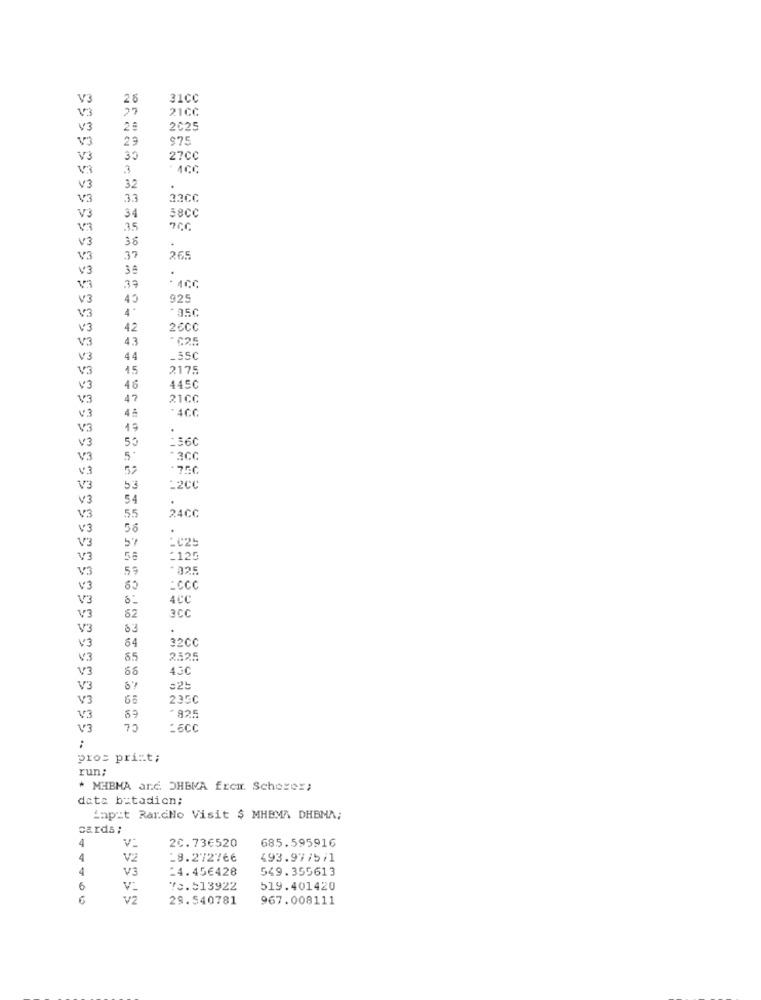
V3
28
31CC
V3
27
21CC
V3
2025
V3
23
$75
V3
35
27CC
3
V3
32
.
V3
33
33cc
34
V3
58CC
V3
35
V3
36
V3
37
265
V3
3ª
V3
.39
· 4CC
V3
45
925
V3
V3
42
26CC
V3
43
*C25
V3
44
-350
V3
15
2175
V3
46
4450
V3
47
21CC
V3
V3
19
.
53
V3
V3
V3
52
53
V3
54
55
24CC
V3
V3
56
V3
*C25
V3
58
:125
V3
59
-025
V3
*CCC
V3
4CC
62
V3
3CC
V3
10 0
64
22CC
V3
V3
2525
V3
430
V3
325
V3
235C
*825
V3
69
V3
73
-6CC
:
pros print;
run:
* MHBMA and. DHBMA frem. Scherer;
data butadien;
impit RardNo Visit $ MHBMA DHBMA;
cards ;
4
685.595916
V:
20.736520
4
V2
-8.272766
493.97/5/1
4
V3
14.45€428
549.355613
6
Vi
73.513922
519.401420
v2
29.540781
967.008111